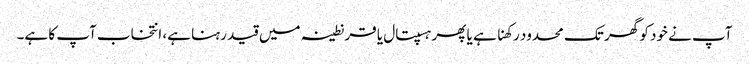
آپ نے خود کو گھر تک محدود رکھنا ہے یا پھر ہسپتال یا قرنطینہ میں قید رہنا ہے، انتخاب آپ کا ہے۔